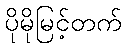
ပိုမိုမြင့်တက်